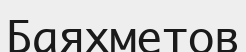
Баяхметов